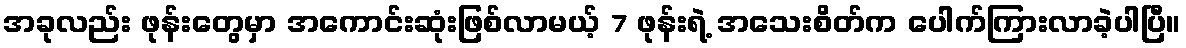
အခုလည်း ဖုန်းတွေမှာ အကောင်းဆုံးဖြစ်လာမယ့် 7 ဖုန်းရဲ့ အသေးစိတ်က ပေါက်ကြားလာခဲ့ပါပြီ။